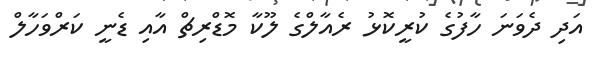
އަދި ދެވަނަ ހާފުގެ ކުރީކޮޅު ރެއާލްގެ ލޫކާ މޮޑްރިޗް އާއި ޑެނީ ކަރްވަހާލް